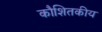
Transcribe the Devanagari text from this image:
कौशितकीय